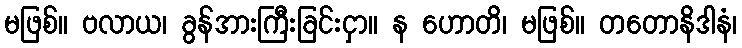
မဖြစ်။ ဗလာယ၊ ခွန်အားကြီးခြင်းငှာ။ န ဟောတိ၊ မဖြစ်။ တတောနိဒါနံ၊